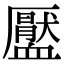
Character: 𧗖